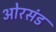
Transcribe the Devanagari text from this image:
ओरसंड